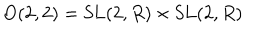
\mathrm { O } ( 2 , 2 ) = \mathrm { S L } ( 2 , R ) \times \mathrm { S L } ( 2 , R )